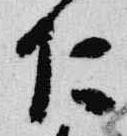
仁